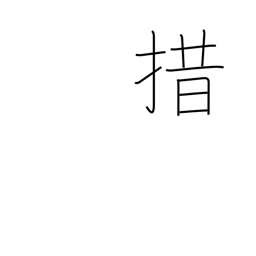
Meaning: give up